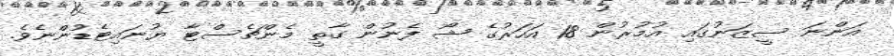
އަންނަ ސީޒަނުގައި އުމުރުން 18 އަހަރުގެ ޝޯ ފެނުން ގާތީ މެންޗެސްޓާ ޔުނައިޓެޑުންނެވެ.